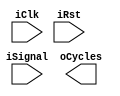
module PeriodCounter (
	input iClk,
	input iRst,
	input iSignal,
	output [3:0] oCycles
);

reg [13:0]rCycles_D;
reg [13:0]rCycles_Q;

reg [1:0]rSignal_D;
reg [1:0]rSignal_Q;

reg [3:0]Count_Q = 4'd0;
reg [3:0]Count_D = 4'd0;

always @ (posedge iClk)
begin
if(iRst)
	begin
	rCycles_Q <= rCycles_D;
	end
else if(Count_Q < 4)
	begin
	rSignal_D[Count_D] <= iSignal;
	end
else
	begin
	Count_D = 4'd0;
	end
Count_D = Count_Q + 4'd1;
rSignal_Q <= rSignal_D;
end

always @ *
begin
	if(rSignal_Q[0] == 2'b0 & rSignal_Q[1] == 2'b1) //flancos de reloj 
		begin
			if(rCycles_D > 14'd9999)
			begin // agregar un valor a nuestra variable 
			rCycles_D = 14'd10000;
			end
			else
			begin
			rCycles_D = rCycles_Q + 14'd1;
			end
		end
	else
		begin
		rCycles_D = rCycles_Q;
		end
end
endmodule